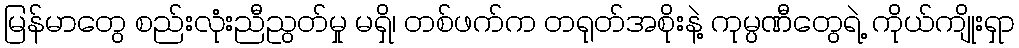
မြန်မာတွေ စည်းလုံးညီညွတ်မှု မရှိ၊ တစ်ဖက်က တရုတ်အစိုးနဲ့ ကုမ္ပဏီတွေရဲ့ ကိုယ်ကျိုးရှာ